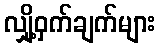
လျှို့ဝှက်ချက်များ